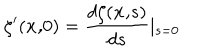
\zeta ^ { \prime } ( { \bf x , } 0 ) = \frac { d \zeta ( { \bf x , } s ) } { d s } \mid _ { s = 0 }